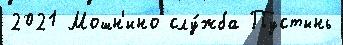
2021 Мошн'ино слу́жба Пустынь